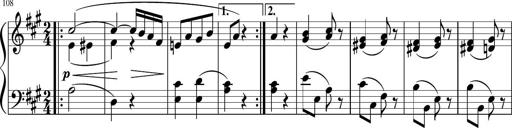
Title: 4 Sonatinas
Composer: Jacob Schmitt